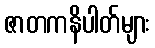
ဇာတကနိပါတ်များ